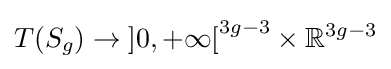
T(S_{g})\to \left]0,+\infty \right[^{3g-3}\times \mathbb {R} ^{3g-3}